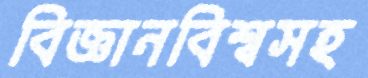
বিজ্ঞানবিশ্বসহ